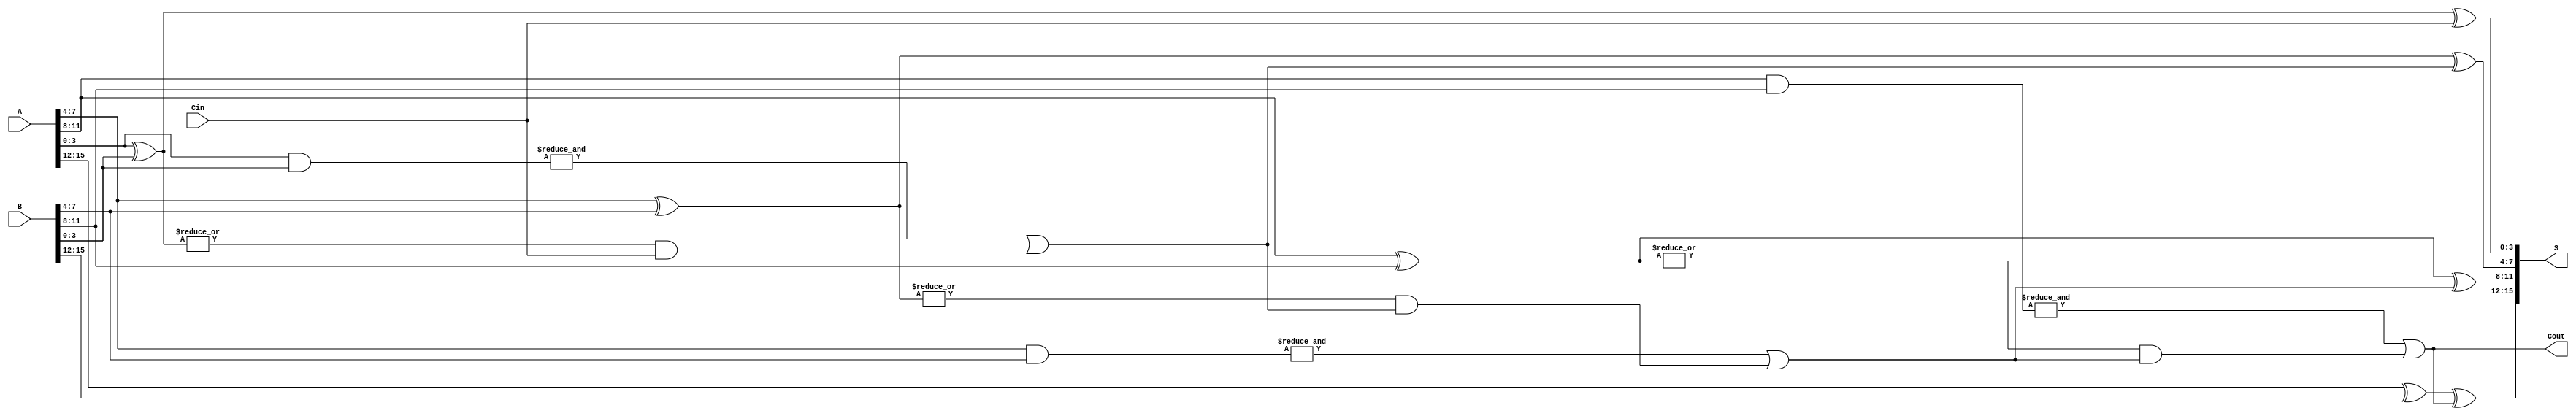
module carry_select_adder #(parameter n = 16, parameter m = 4)( 
    input [n-1:0] A,
    input [n-1:0] B,
    input Cin,
    output [n-1:0] S,
    output Cout
);
    
    localparam num_segments = n/m; // Calculate number of segments
    wire [m-1:0] S0 [num_segments-1:0]; // Sum outputs for Cin = 0
    wire [m-1:0] S1 [num_segments-1:0]; // Sum outputs for Cin = 1
    wire C0 [num_segments:0]; // Carry outputs for Cin = 0
    wire C1 [num_segments:0]; // Carry outputs for Cin = 1
    wire P [num_segments-1:0]; // Propagate signals
    wire G [num_segments-1:0]; // Generate signals

    // Generate carry signals and compute sums for each segment
    genvar i, j;
    for (i = 0; i < num_segments; i = i + 1) begin: SEGMENT
        // Calculate range for A and B for each segment
        wire [m-1:0] A_segment = A[(i*m + m - 1):(i*m)];
        wire [m-1:0] B_segment = B[(i*m + m - 1):(i*m)];

        // Propagate and generate signals
        assign P[i] = |(A_segment ^ B_segment);
        assign G[i] = &(A_segment & B_segment);

        // Carry lookahead for two cases
        if (i == 0) begin
            // First segment, carry in is Cin
            assign C0[0] = Cin; // Cin for first segment
            assign C1[0] = Cin; // Cin for first segment
        end else begin
            // Carry generation based on previous segment's carries
            assign C0[i] = G[i-1] | (P[i-1] & C0[i-1]);
            assign C1[i] = G[i-1] | (P[i-1] & C1[i-1]);
        end

        // Calculate sums for both Carry In cases
        assign S0[i] = A_segment ^ B_segment ^ C0[i];
        assign S1[i] = A_segment ^ B_segment ^ C1[i];
    end

    // Final sum and carry out selection
    generate
        for (j = 0; j < num_segments; j = j + 1) begin: FINAL_SUM_SELECTION
            assign S[(j*m + m - 1):(j*m)] = Cin ? S1[j] : S0[j];
        end
    endgenerate

    // Final carry out
    assign Cout = Cin ? C1[num_segments-1] : C0[num_segments-1];

endmodule